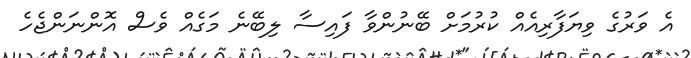
އެ ވަރުގެ ވިޔަފާރިއެއް ކުރުމަށް ބޭނުންވާ ފައިސާ ލިބޭނެ މަގެއް ވެސް އޮންނަންޖެހެ